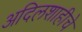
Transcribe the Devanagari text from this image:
अदिलशाहीचे